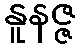
နူနဇ္ဇ